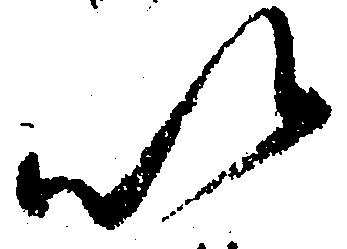
以